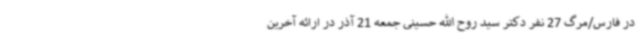
در فارس/مرگ 27 نفر دکتر سید روح الله حسینی جمعه 21 آذر در ارائه آخرین